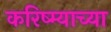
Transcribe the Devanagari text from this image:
करिष्म्याच्या